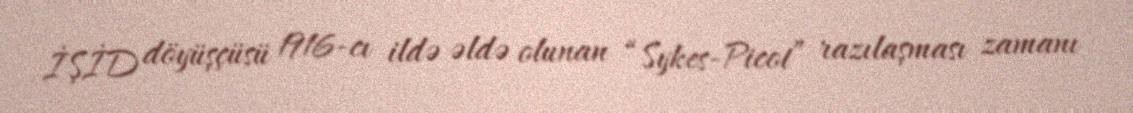
İŞİD döyüşçüsü 1916-cı ildə əldə olunan “Sykes-Picot” razılaşması zamanı